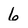
Character: 6